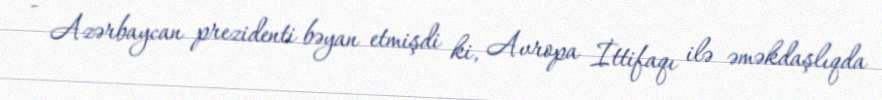
- Azərbaycan prezidenti bəyan etmişdi ki, Avropa İttifaqı ilə əməkdaşlıqda